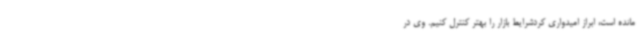
مانده است، ابراز امیدواری کردشرایط بازار را بهتر کنترل کنیم. وی در